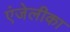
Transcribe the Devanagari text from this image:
एंजेलीका